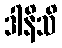
ဒါနိသိ